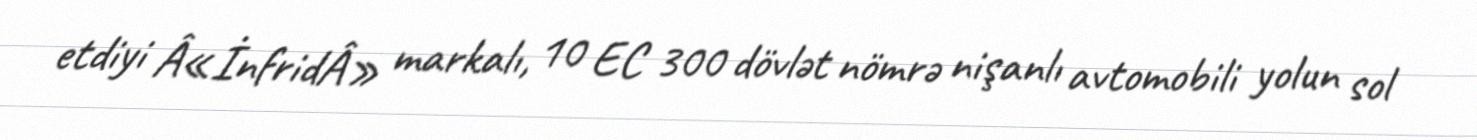
etdiyi Â«İnfridÂ» markalı, 10 EC 300 dövlət nömrə nişanlı avtomobili yolun sol